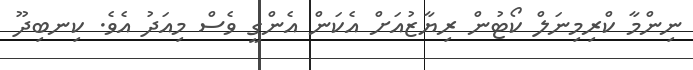
ނިންމާ ކްރިމިނަލް ކޯޓުން ރިޔާޒުއަށް އެކަން އެންގީ ވެސް މިއަދު އެވެ. ކިނބިދޫ